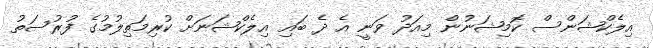
އިލެކްޝަންސް ކޮމިޝަނުން މިއަދު ވަނީ އެ ދެ ބައި އިލެކްޝަނަށް ކުރިމަތިލުމުގެ ފުރުސަތު